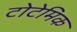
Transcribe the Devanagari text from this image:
टोटेमिक